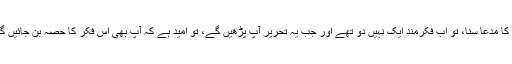
اس کا مدعا سنا، تو اب فکرمند ایک نہیں دو تھے اور جب یہ تحریر آپ پڑھیں گے، تو امید ہے کہ آپ بھی اس فکر کا حصہ بن جائیں گے۔